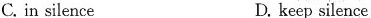
C. in silence D. keep silence